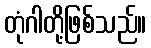
တုံဂါတို့ဖြစ်သည်။